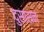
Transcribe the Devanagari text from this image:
दुसासन